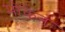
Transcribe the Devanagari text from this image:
मोंकेन